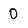
Character: 0